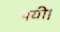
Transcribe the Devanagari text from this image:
पयी।